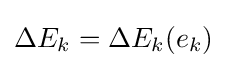
{\textstyle \Delta E_{k}=\Delta E_{k}(e_{k})}